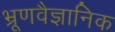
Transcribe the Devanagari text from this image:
भ्रूणवैज्ञानिक